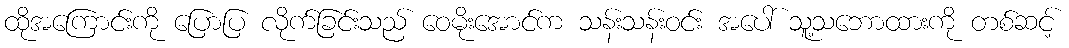
ထိုအကြောင်းကို ပြောပြ လိုက်ခြင်းသည် ဝေမိုးအောင်က သန်းသန်းဝင်း အပေါ် သူ့သဘောထားကို တစ်ဆင့်